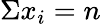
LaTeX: \Sigma x_{i}=n